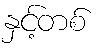
နှင့်တစ်